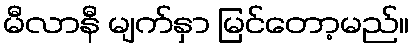
မီလာနီ မျက်နှာ မြင်တော့မည်။